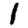
Digit: 1